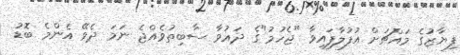
ފިޔާޒުގެ މައްޗަށް އުފުލާފައިވާ "ޖެހުމު"ގެ ދައުވާ ސާބިތުވެއްޖެ ނަމަ ދެވޭ އެންމެ ބޮޑު